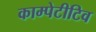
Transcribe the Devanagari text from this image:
काम्पेटीटिव